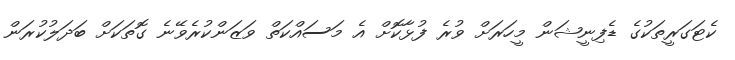
ކެޓަގަރީތަކުގެ ޑެފިނީޝަން މީހަރަށް ވުރެ ފުޅާކޮށް އެ މަސައްކަތް ވަޒަންކުރެވޭނެ ގޮތަކަށް ބަދަލުކުރަން